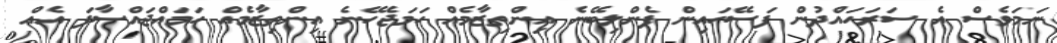
ނަމަވެސް އެ ސަރަހައްދުން ފަސޭހައިން ފެންލިބޭނެ އިންތިޒާމެއް ހަމަޖެހޭނެ އިންތިޒާމެއް ހަމައްޖައްސާފަ އެއް